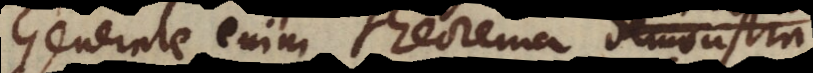
Generale enim theorema demonstra